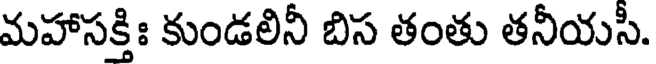
మహాసక్తిః కుండలినీ బిస తంతు తనీయసీ.